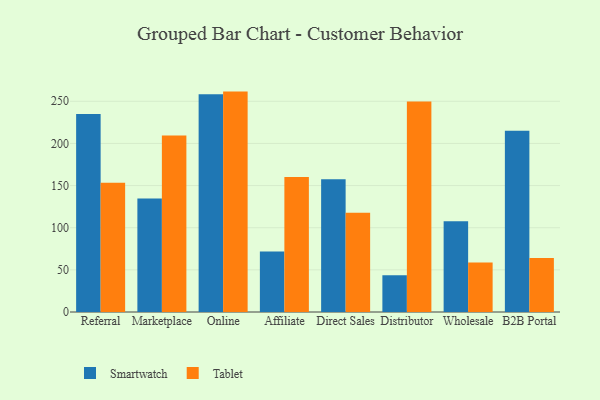
{"axis": {"x": "Channel", "y": "Page Views"}, "legend": ["Smartwatch", "Tablet"], "data": [{"x": "Referral", "y": 234.9, "type": "Smartwatch"}, {"x": "Referral", "y": 153.3, "type": "Tablet"}, {"x": "Marketplace", "y": 134.6, "type": "Smartwatch"}, {"x": "Marketplace", "y": 209.3, "type": "Tablet"}, {"x": "Online", "y": 258.3, "type": "Smartwatch"}, {"x": "Online", "y": 261.5, "type": "Tablet"}, {"x": "Affiliate", "y": 71.9, "type": "Smartwatch"}, {"x": "Affiliate", "y": 160.3, "type": "Tablet"}, {"x": "Direct Sales", "y": 157.5, "type": "Smartwatch"}, {"x": "Direct Sales", "y": 117.9, "type": "Tablet"}, {"x": "Distributor", "y": 43.7, "type": "Smartwatch"}, {"x": "Distributor", "y": 249.8, "type": "Tablet"}, {"x": "Wholesale", "y": 107.7, "type": "Smartwatch"}, {"x": "Wholesale", "y": 58.7, "type": "Tablet"}, {"x": "B2B Portal", "y": 215.1, "type": "Smartwatch"}, {"x": "B2B Portal", "y": 64.2, "type": "Tablet"}]}